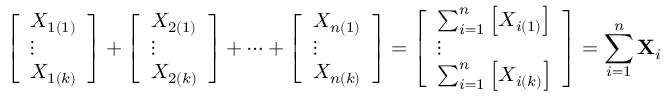
{ \left[ \begin{array} { l } { X _ { 1 ( 1 ) } } \\ { \vdots } \\ { X _ { 1 ( k ) } } \end{array} \right] } + { \left[ \begin{array} { l } { X _ { 2 ( 1 ) } } \\ { \vdots } \\ { X _ { 2 ( k ) } } \end{array} \right] } + \cdots + { \left[ \begin{array} { l } { X _ { n ( 1 ) } } \\ { \vdots } \\ { X _ { n ( k ) } } \end{array} \right] } = { \left[ \begin{array} { l } { \sum _ { i = 1 } ^ { n } \left[ X _ { i ( 1 ) } \right] } \\ { \vdots } \\ { \sum _ { i = 1 } ^ { n } \left[ X _ { i ( k ) } \right] } \end{array} \right] } = \sum _ { i = 1 } ^ { n } \mathbf { X } _ { i }